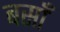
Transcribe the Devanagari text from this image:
बसाँ